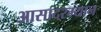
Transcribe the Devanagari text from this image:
आसादरम्यान